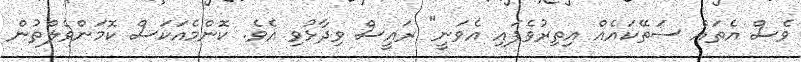
ވެސް އެތައް ސަތޭކައެއް އިތިރުވެފައި އެވަނީ" ރައީސް ވިދާޅުވި އެވެ. ކޮންމެއަކަސް ކޮމަންވެލްތުން